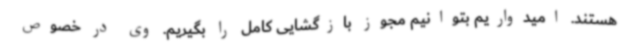
هستند. امیدواریم بتوانیم مجوز بازگشایی کامل را بگیریم. وی در خصوص